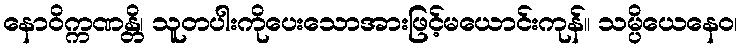
နောဝိက္ကဏန္တိ၊ သူတပါးကိုပေးသောအားဖြင့်မယောင်းကုန်။ သမ္ပိယေနေဝ၊